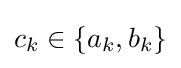
c_{k}\in \{a_{k},b_{k}\}